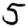
Digit: 5